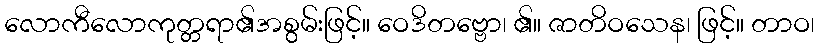
လောကီလောကုတ္တရာ၏အစွမ်းဖြင့်။ ဝေဒိတဗ္ဗော၊ ၏။ ဇာတိဝသေန၊ ဖြင့်။ တာဝ၊